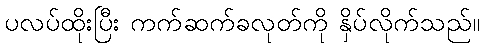
ပလပ်ထိုးပြီး ကက်ဆက်ခလုတ်ကို နှိပ်လိုက်သည်။